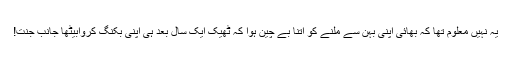
یہ نہیں معلوم تھا کہ بھائی اپنی بہن سے ملنے کو اتنا بے چین ہوا کہ ٹھیک ایک سال بعد ہی اپنی بکنگ کروابیٹھا جانب جنت!